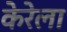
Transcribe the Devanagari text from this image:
केरेला